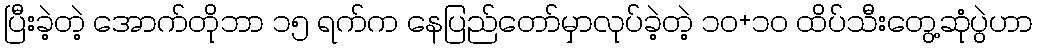
ပြီးခဲ့တဲ့ အောက်တိုဘာ ၁၅ ရက်က နေပြည်တော်မှာလုပ်ခဲ့တဲ့ ၁၀+၁၀ ထိပ်သီးတွေ့ဆုံပွဲဟာ